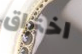
اختراق